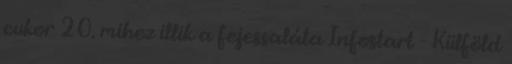
cukor 20. mihez illik a fejessaláta Infostart - Külföld